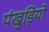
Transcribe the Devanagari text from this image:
पंखुड़ियो